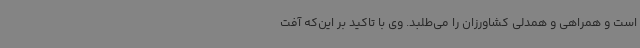
است و همراهی و همدلی کشاورزان را می‌طلبد. وی با تاکید بر این‌که آفت